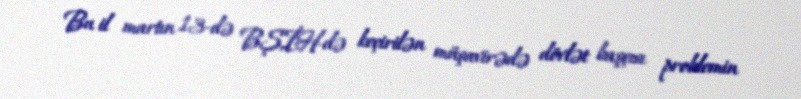
Bu il martın 13-də BŞİH-də keçirilən müşavirədə dövlət başçısı problemin